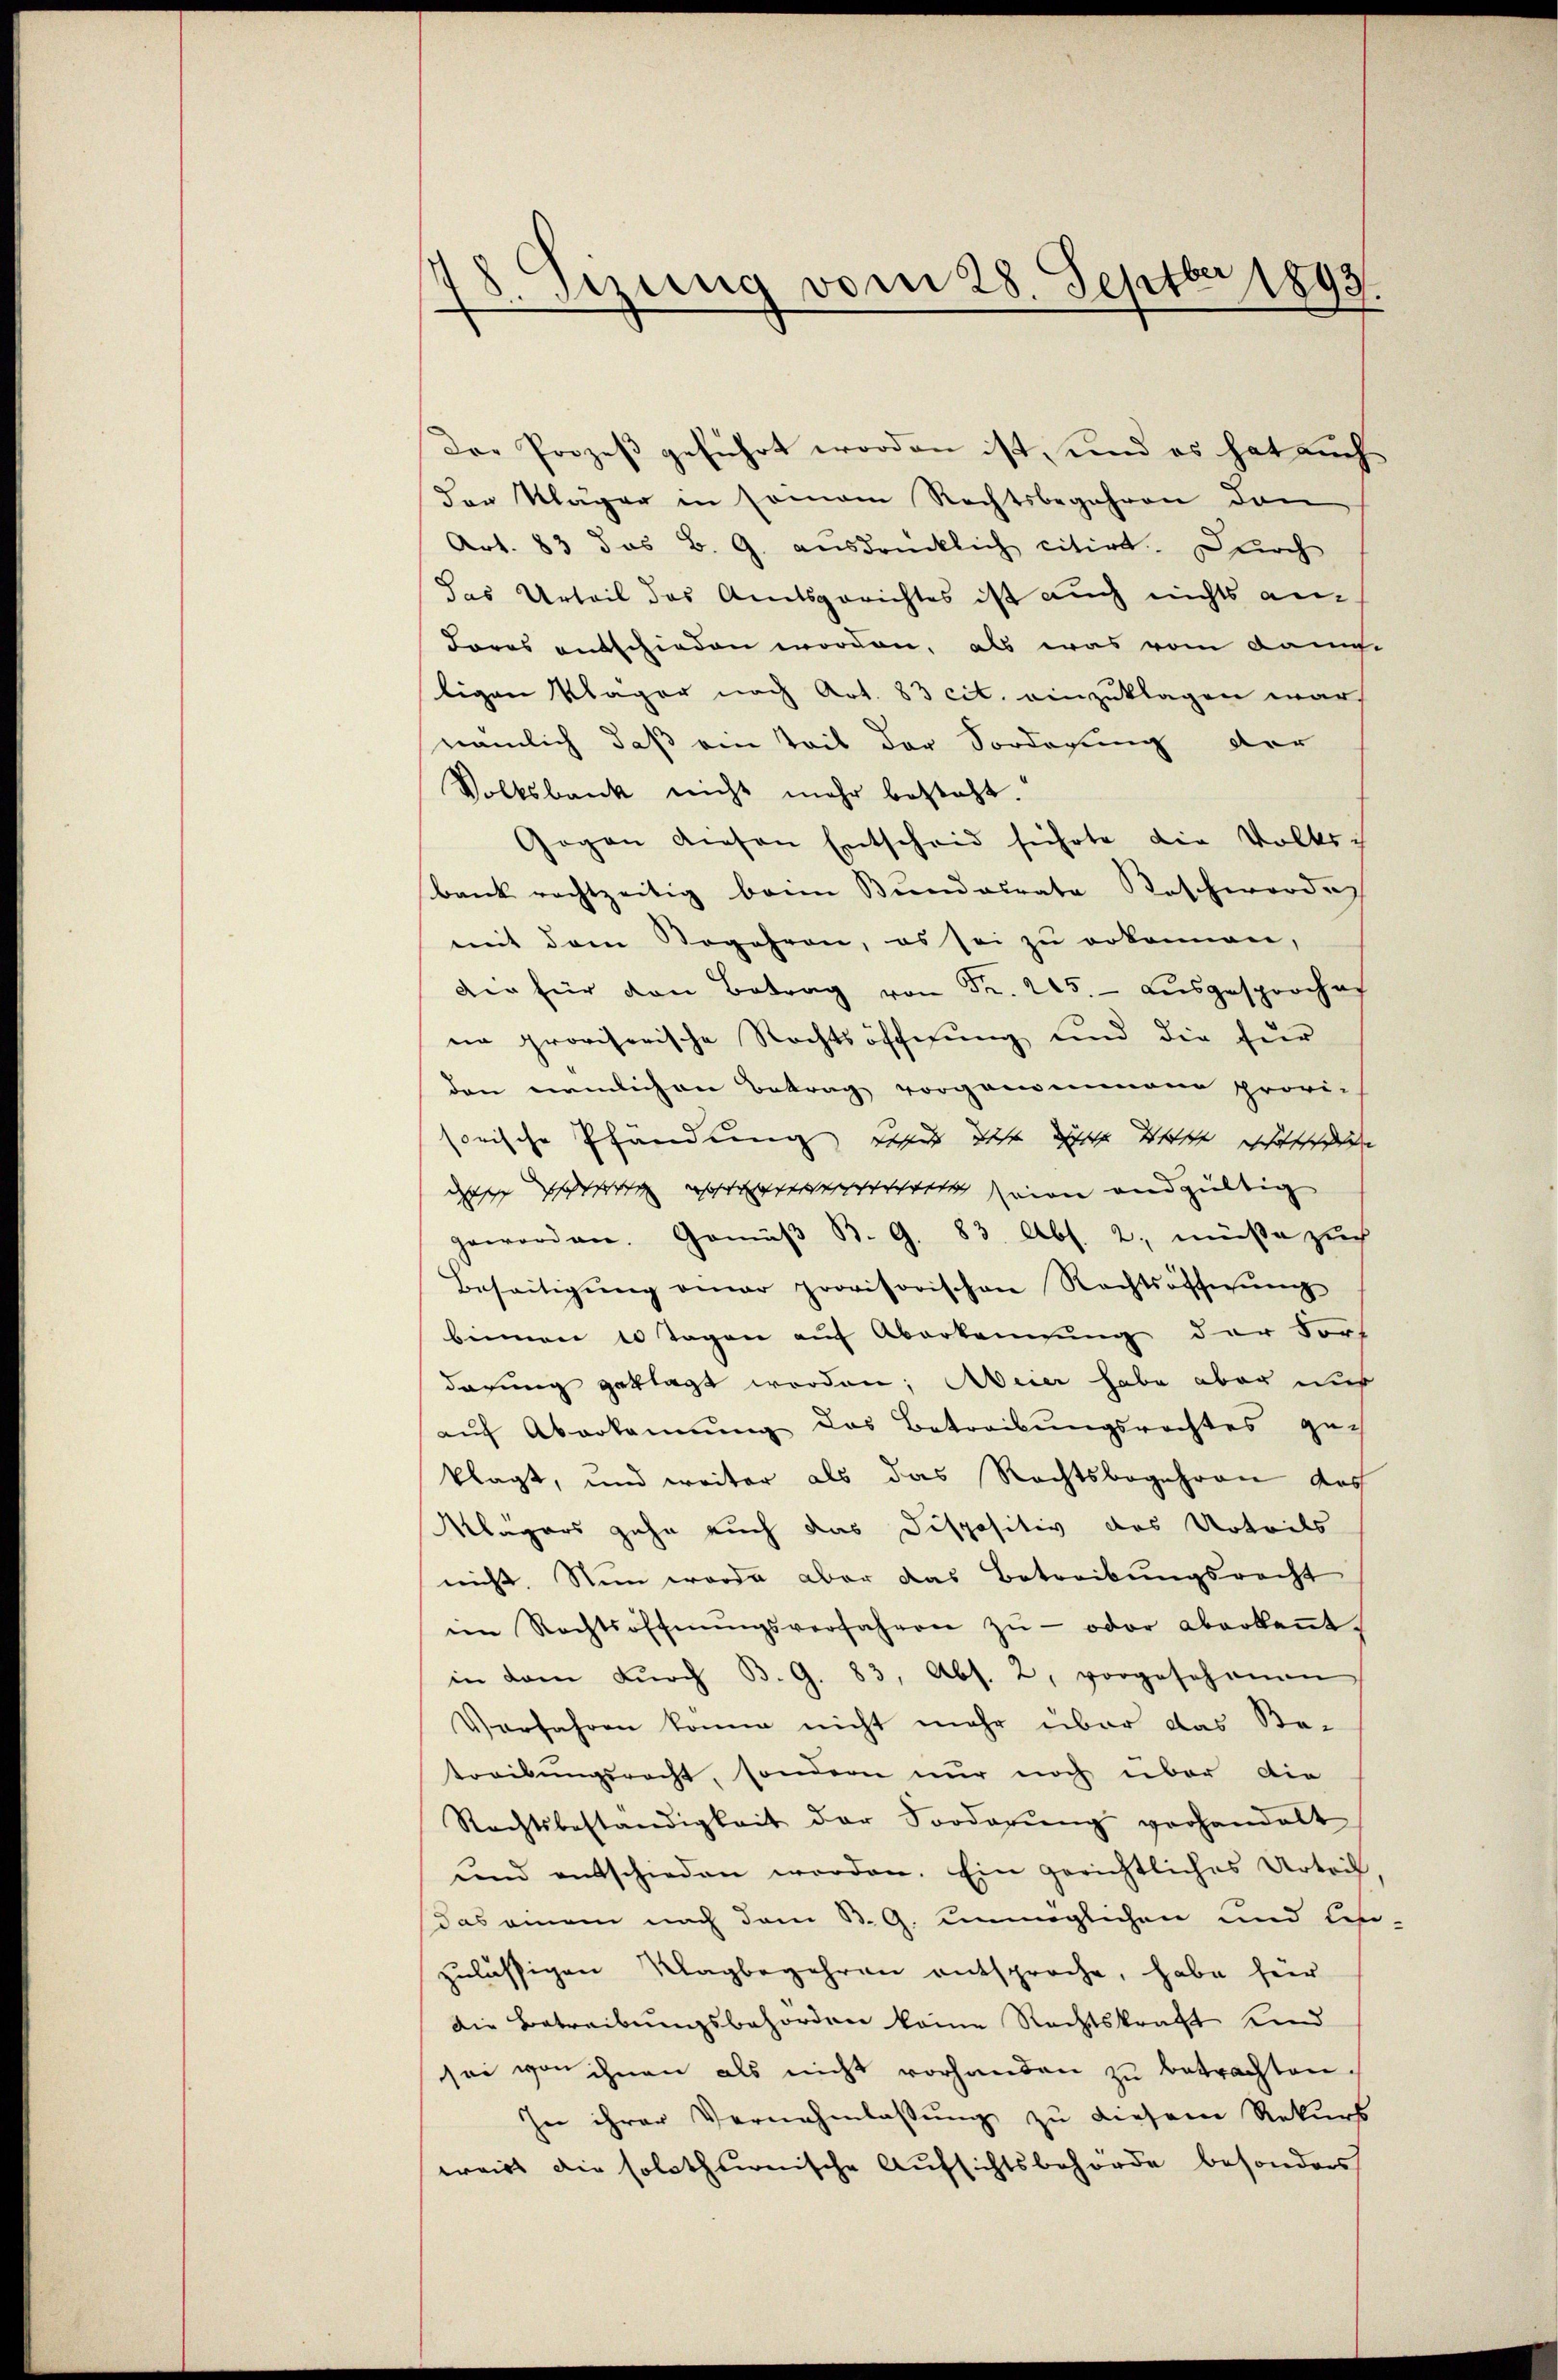
78. Setzung vom 28. Septbr 1893.

des Prozeß geführt worden ist, und es hat auch
dor Kläger in somon Rechtsbegehren den
Art. 83 das B. G. ausdrücklich citirt. Durch
das Urteil das Amtsgerichtes ist auch nichts an
Jores entschieden worden, als was vom kannte
ligen Kläger nach Art. 83 cit. einzuklagen war,
nämlich, daß ein Teil der Vorderung der
Volksbank nicht mehr besteht.
Gogen diesen Entscheid führte die Volks-
bank rechtzeitig beim Bundacrate Koschwerde,
mit dem Segehren, es sei zŭ erkennen,
Die für den Betrag von Fr. 205. ausgesproches
ne provisorische Rechtsoffnung und die für
den nemlichen Betrag vorgenommene provisorische Pfändung des dass diese Welt escottschiehe
datirt werde ein und zulein
geworden. Gemäß B. G. 83. Abs. 2. müße zuch
Beseitigŭng einer provisorischen Rechtsäffnŭng
binnen 10 Tagen auf Aberkennung der Fort
darung geklagt worden; Aeier habe aber nich
aŭf Aberkannŭng das Betreibŭngsrechtes ge-
klagt, und weiter als das Rechtsbegehren des
Klägers zehn auch das Dispositiv das Urteils
nicht. Nun worde aber das Betreibungsrecht
im Rechtsöffnŭngsverfahren zŭ - oder aberkaṅt.
in dem dŭrch B. G. 83, Abs. 2, vorgeschonen
Verfahren könne nicht mehr über das Be-
treibungsrecht, sondern nur noch über die
Rechtsbeständigkeit der Forderŭng vorhandelt
und entschieden worden. Ein gerichtliches Urteil,
das einem nach dem B. G. unmöglichen und Legi-
zulässigen Klagbegehren entsproche, habe für
die Betreibungsbehörden keine Rechtskraft Kind
sei von ihnen als nicht vorhanden zŭ betrachten.
In ihrer Vernahmlassung zu diesem Rekurs
weirt die solothurnische Aufsichtsbehörde besonders